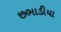
છભાડીયા